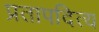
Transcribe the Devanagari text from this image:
प्रतापदित्य